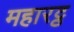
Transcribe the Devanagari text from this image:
महारट्ठ